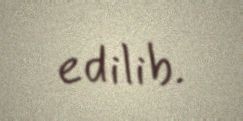
edilib.